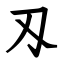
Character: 刄